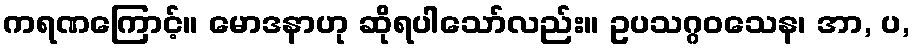
ကရဏကြောင့်။ မောဒနာဟု ဆိုရပါသော်လည်း။ ဥပသဂ္ဂဝသေန၊ အာ, ပ,